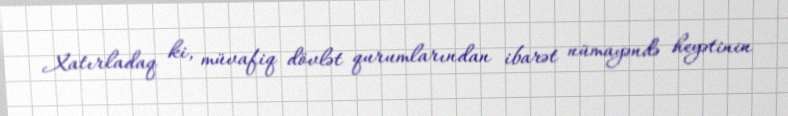
Xatırladaq ki, müvafiq dövlət qurumlarından ibarət nümayəndə heyətinin